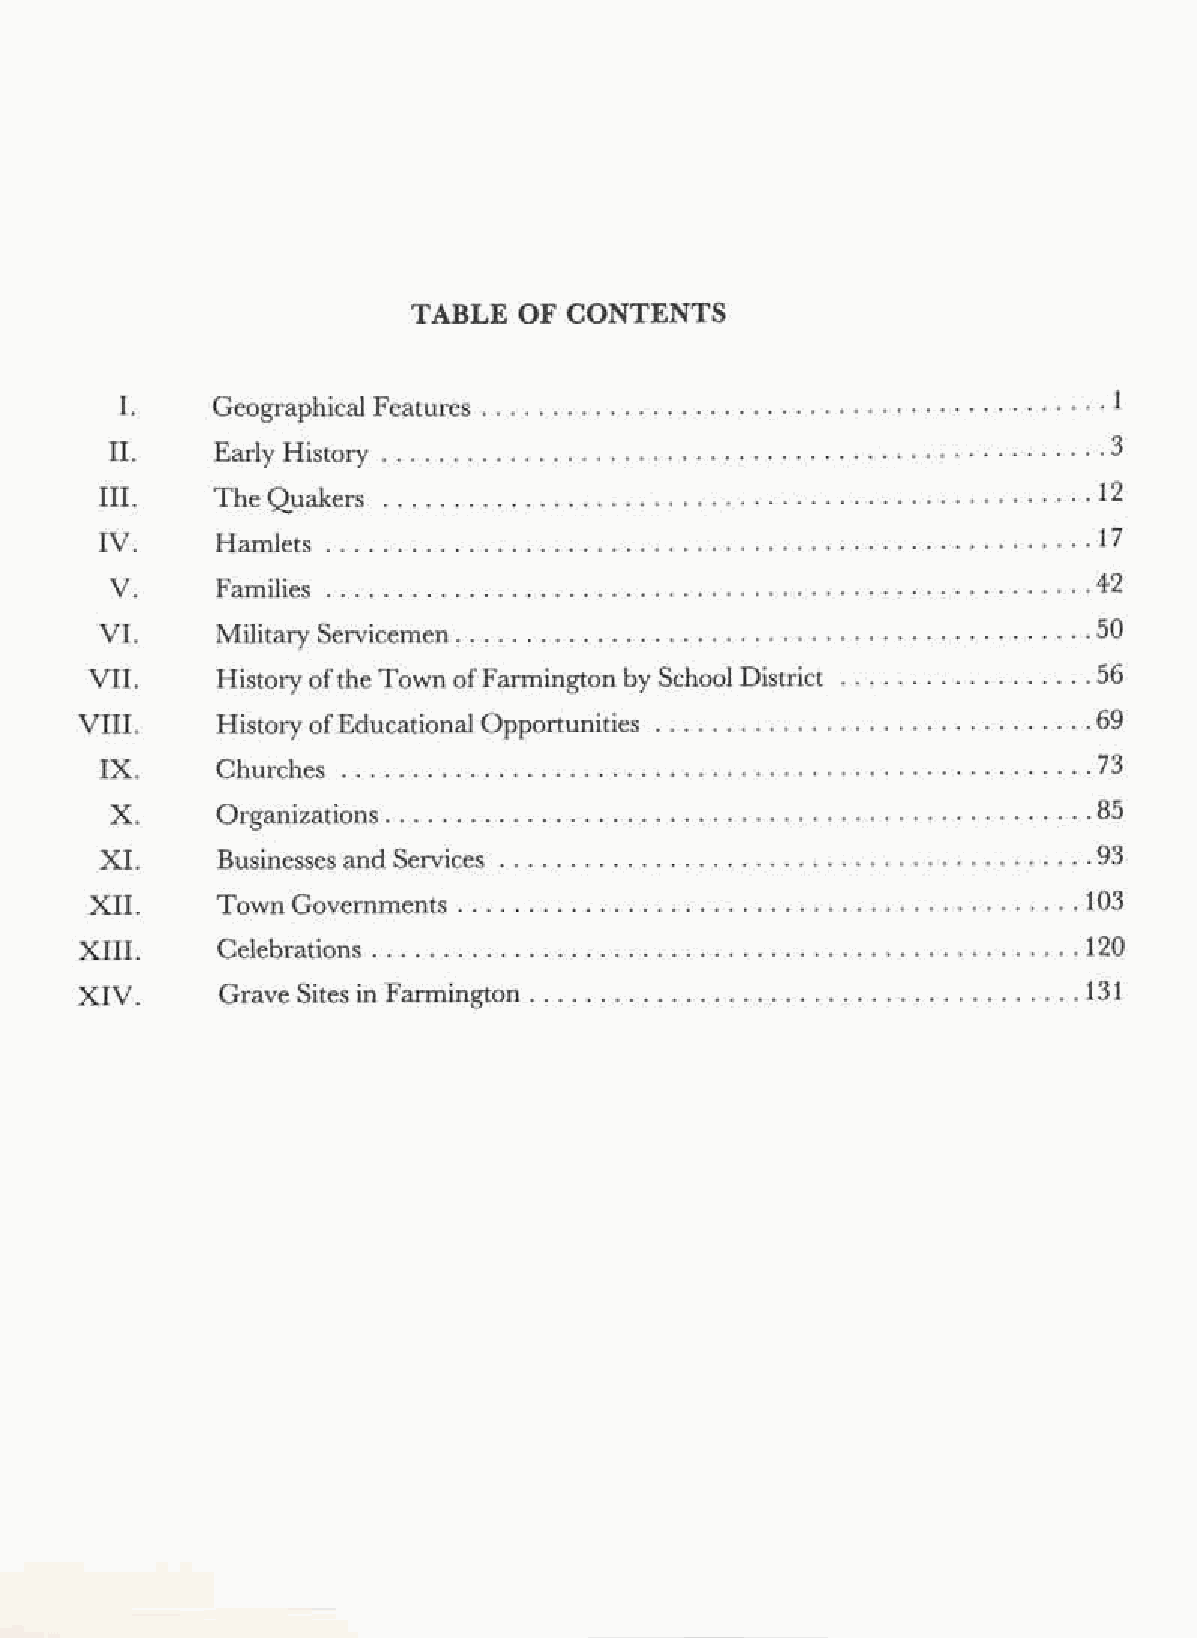
TABLE  OF CONTENTS
 I.
 Geographical Features                                      1
 II.
 3
 Early History
 III.
 The                                                       12
 Quakers
 IV.
 Hamlets . . . . . . . . . . . . . . . . . . . . . . . . . . . . . . . . . . . . . . . . . . . . . . . . . . . . . . 17
 V.
 Families                                                  42
 VI.
 Military Servicemen                                       50
 VII.
 History ofthe Town of Farmington by School District       56
 VIII.
 History ofEducational Opportunities                       69
 IX.
 Churches                                                  73
 X.
 Organizations                                             85
 XI.
 Businesses and Services                                   93
 XII.
 Town Governments                                         103
 XIII.
 Celebrations . . . . . . . . . . . . . . . . . . . . . . . . . . . . . . . . . . . . . . . . . . . . . . . . . . 120
 XIV.
 Grave Sites in Farmington                                131